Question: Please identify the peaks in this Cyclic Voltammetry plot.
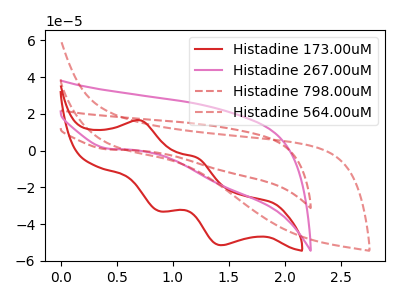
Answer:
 <answer>The red curve "Histadine 173.00uM" has anodic peaks at (0.70V, 16.45uA) (1.20V, -3.95uA) and cathodic peaks at (0.90V, -32.90uA) (1.45V, -51.50uA). The pink curve "Histadine 267.00uM" has a cathodic peak at: (0.40V, 1.10uA). The red dashed curve "Histadine 798.00uM" has a cathodic peak at: (0.40V, 0.65uA). The red dashed curve "Histadine 564.00uM" has no peaks.</answer>
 <eval></eval>